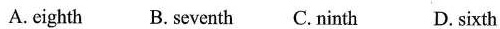
A.eighth B. seventh C.ninth D.sixth